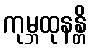
ကုမ္ဘထုနန္တိ